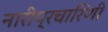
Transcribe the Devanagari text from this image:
नारीप्रचारिणी